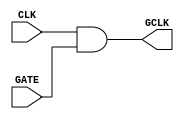
module clock_gating (
    input wire CLK,      // Main clock signal
    input wire GATE,     // Control signal for clock gating
    output wire GCLK     // Gated clock signal
);

// AND gate implementation for clock gating
assign GCLK = CLK & GATE;

endmodule